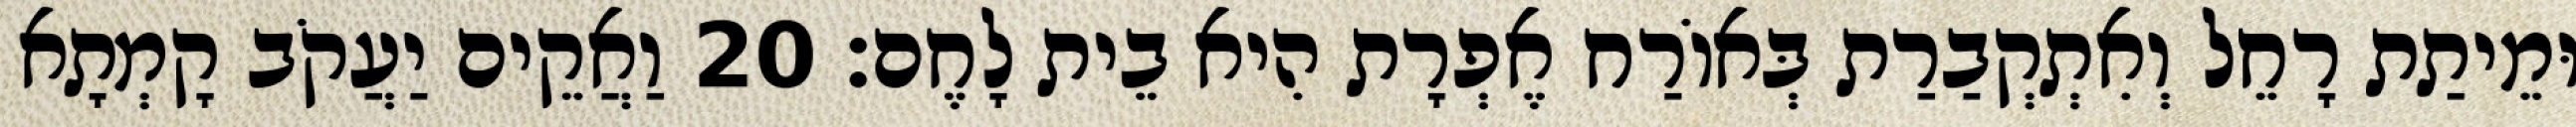
וּמֵיתַת רָחֵל וְאִתְקְבַרַת בְּאוֹרַח אֶפְרָת הִיא בֵית לָחֶם׃ 20 וַאֲקֵים יַעֲקֹב קָמְתָא